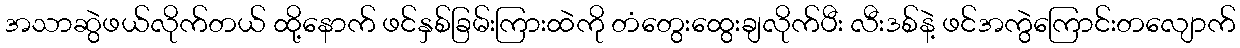
အသာဆွဲဖယ်လိုက်တယ် ထို့နောက် ဖင်နှစ်ခြမ်းကြားထဲကို တံတွေးထွေးချလိုက်ပီး လီးဒစ်နဲ့ ဖင်အကွဲကြောင်းတလျောက်